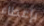
بإعطاء